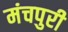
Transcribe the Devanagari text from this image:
मंचपुरी